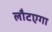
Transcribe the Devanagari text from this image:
लौटएगा